Lunatic asylums in Bengal annual reports 1912-1924 - 1912-1924
Year: 1912
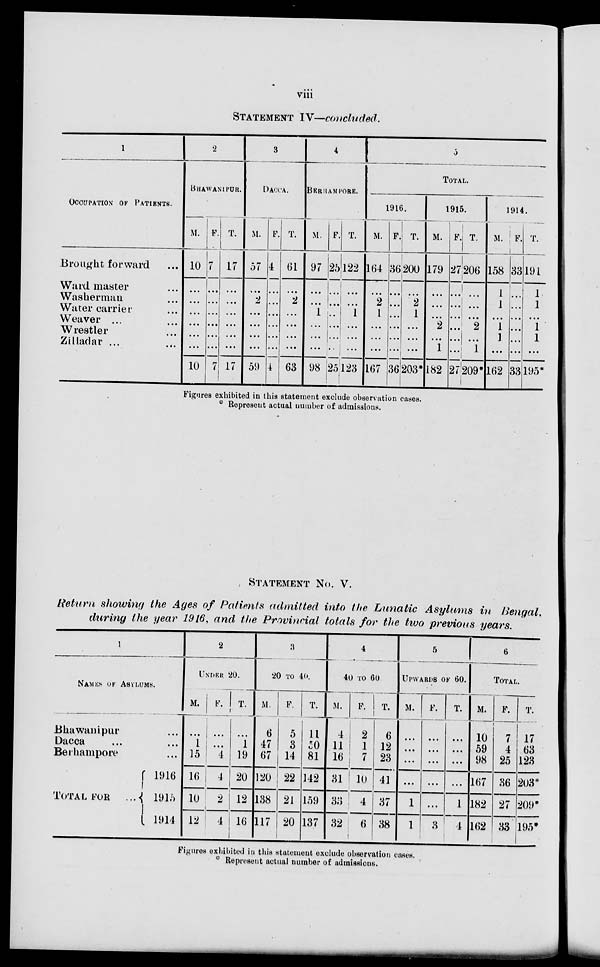
viii
STATEMENT IV—concluded.
1
OCCUPATION OF PATIENTS.
Brought forward ...
Ward master ...
Washerman ...
Water carrier ...
Weaver ... ...
Wrestler ... ...
Zilladar ... ...
2
BHAWANIPUR.
M.
10
...
...
...
...
...
...
10
F.
7
...
...
...
...
...
...
7
T.
17
...
...
...
...
...
...
17
3
DACCA.
M.
57
...
2
...
...
...
...
59
F.
4
...
...
...
...
...
...
4
T.
61
...
2
...
...
...
...
63
4
BERHAMPORE.
M.
97
...
...
1
...
...
...
98
F.
25
...
...
...
...
...
...
25
T.
122
...
...
1
...
...
...
123
5
TOTAL.
1916.
M.
164
...
2
1
...
...
...
167
F.
36
...
...
...
...
...
...
36
T.
200
...
2
1
...
...
...
203*
1915.
M.
179
...
...
...
2
...
1
182
F.
27
...
...
...
...
...
...
27
T.
206
...
...
...
2
...
1
209*
1914.
M.
158
1
1
...
1
1
...
162
F.
33
...
...
...
...
...
...
33
T.
191
1
1
...
1
1
...
195*
Figures exhibited in this statement exclude observation cases.
* Represent actual number of admissions.
STATEMENT No. V.
Return showing the Ages of Patients admitted into the Lunatic Asylums in Bengal,
during the year 1916, and the Provincial totals for the two previous years.
1
NAMES OF ASYLUMS.
Bhawanipur ...
Dacca ... ...
Berhampore ...
TOTAL FOR ...
1916
1915
1914
2
UNDER 20.
M.
...
1
15
16
10
12
F.
...
...
4
4
2
4
T.
...
1
19
20
12
16
3
20 TO 40.
M.
6
47
67
120
138
117
F.
5
3
14
22
21
20
T.
11
50
81
142
159
137
4
40 TO 60
M.
4
11
16
31
33
32
F.
2
1
7
10
4
6
T.
6
12
23
41
37
38
5
UPWARDS
OF 60.
M.
...
...
...
...
1
1
F.
...
...
...
...
...
3
T.
...
...
...
...
1
4
6
TOTAL.
M.
10
59
98
167
182
162
F.
7
4
25
36
27
33
T.
17
63
123
203*
209*
195*
Figures exhibited in this statement exclude observation cases.
* Represent actual number of admissions.